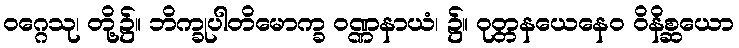
ဝဂ္ဂေသု၊ တို့၌။ ဘိက္ခုပါတိမောက္ခ ဝဏ္ဏနာယံ၊ ၌။ ဝုတ္တနယေနေဝ ဝိနိစ္ဆယော